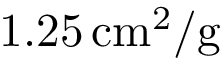
1 . 2 5 \, \mathrm { c m } ^ { 2 } / \mathrm { g }